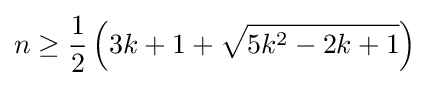
n\geq {\frac {1}{2}}\left(3k+1+{\sqrt {5k^{2}-2k+1}}\right)